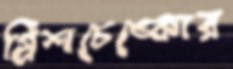
গ্রিশচেঙ্কোর